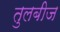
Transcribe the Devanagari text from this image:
तुलबीज